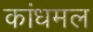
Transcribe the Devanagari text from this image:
कांधमल